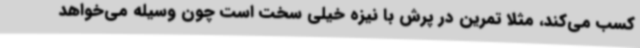
کسب می‌کند، مثلا تمرین در پرش با نیزه خیلی سخت است چون وسیله می‌خواهد